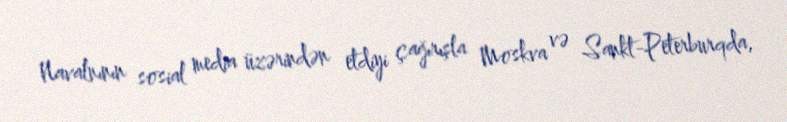
Navalnının sosial media üzərindən etdiyi çağırışla Moskva və Sankt-Peterburqda,